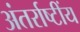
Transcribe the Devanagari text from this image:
अंतर्राष्टींय